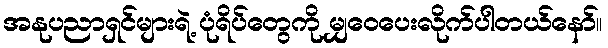
အနုပညာရှင်များရဲ့ ပုံရိပ်တွေကို မျှဝေပေးလိုက်ပါတယ်နော်။